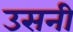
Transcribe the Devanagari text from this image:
उसनी